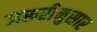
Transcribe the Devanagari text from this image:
जरूरीनुसार